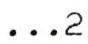
...2